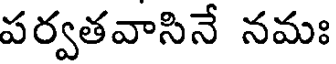
పర్వతవాసినే నమః